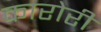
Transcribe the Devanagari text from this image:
कारोरी